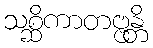
သစ္ဆိကာတဗ္ဗန္တိ